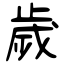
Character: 歲